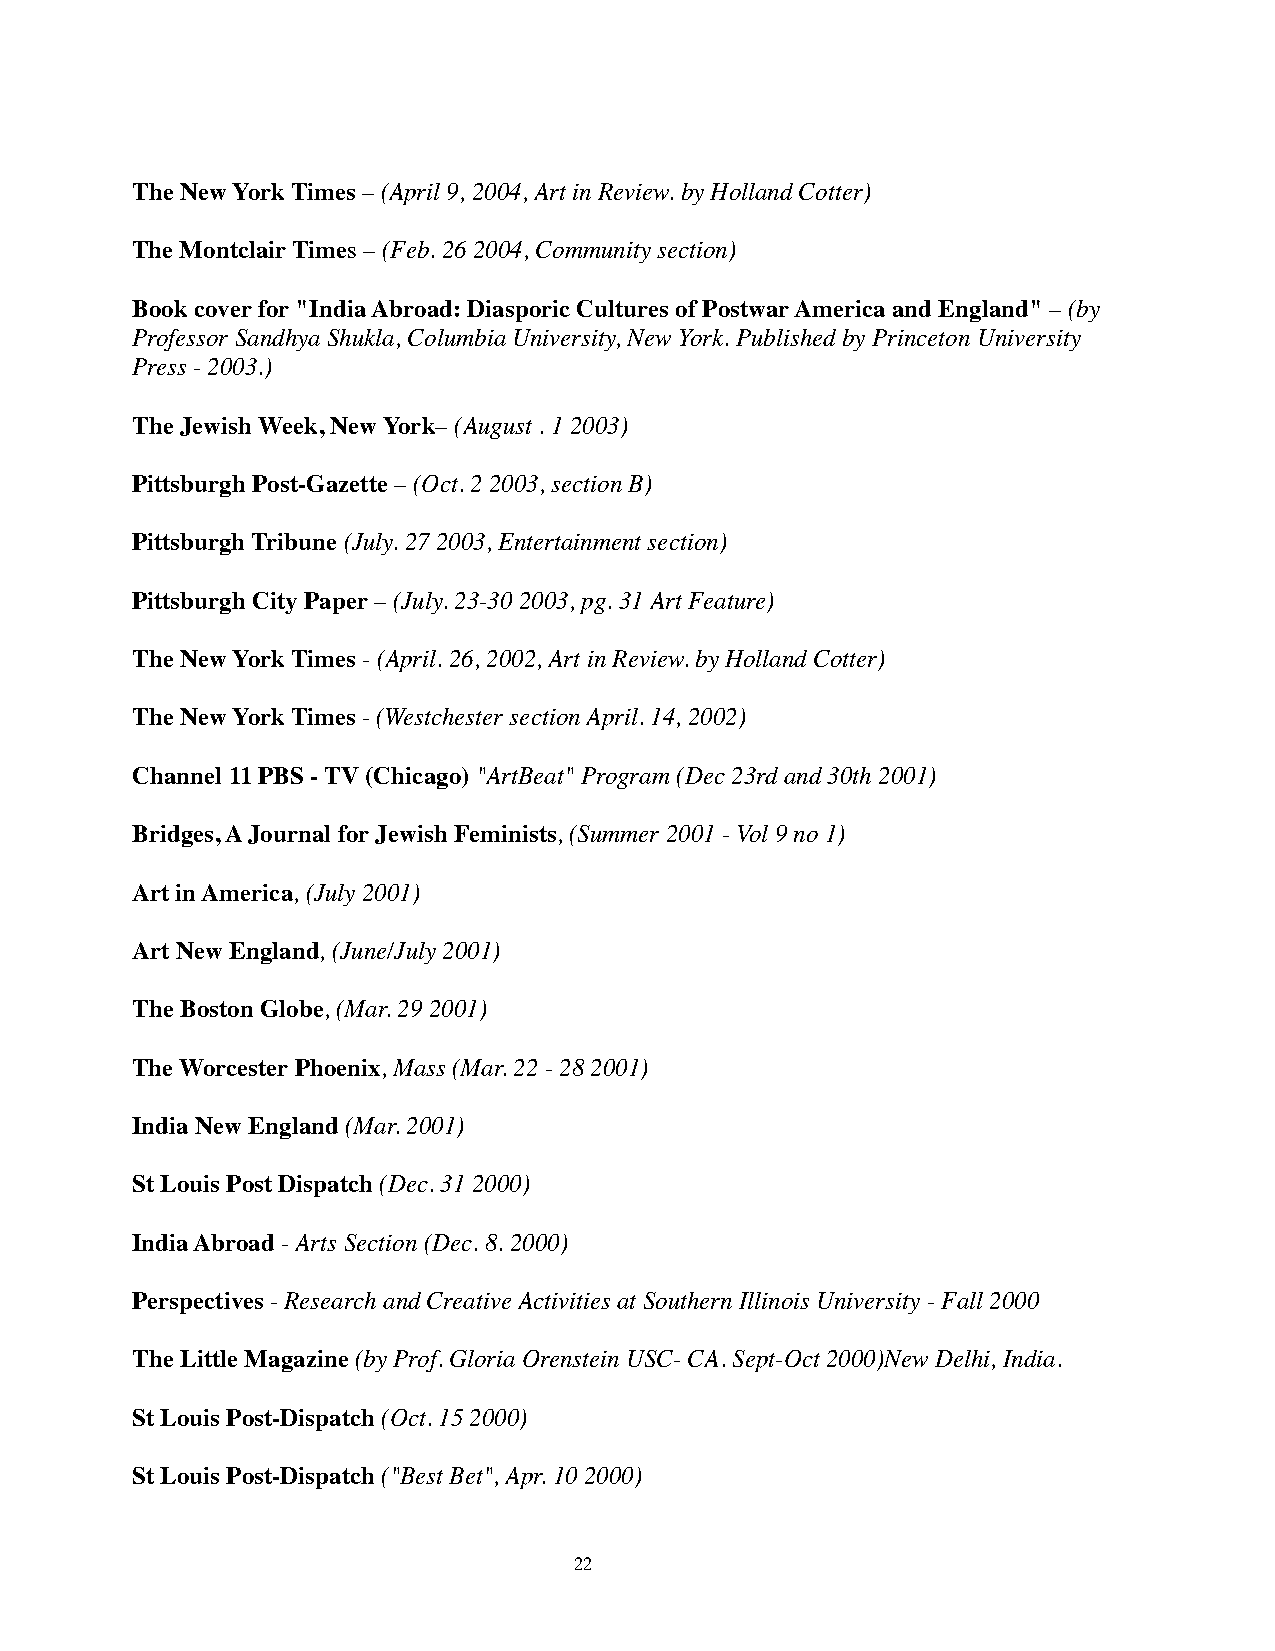
The New York Times – (April 9, 2004, Art in Review. by Holland Cotter)
 The Montclair Times – (Feb. 26 2004, Community section)
 Book cover for "India Abroad: Diasporic Cultures of Postwar America and England" – (by
 Professor Sandhya Shukla, Columbia University, New York. Published by Princeton University
 Press - 2003.)
 The Jewish Week, New York– (August . 1 2003)
 Pittsburgh Post-Gazette – (Oct. 2 2003, section B)
 Pittsburgh Tribune (July. 27 2003, Entertainment section)
 Pittsburgh City Paper – (July. 23-30 2003, pg. 31 Art Feature)
 The New York Times - (April. 26, 2002, Art in Review. by Holland Cotter)
 The New York Times - (Westchester section April. 14, 2002)
 Channel 11 PBS - TV (Chicago) "ArtBeat" Program (Dec 23rd and 30th 2001)
 Bridges, A Journal for Jewish Feminists, (Summer 2001 - Vol 9 no 1)
 Art in America, (July 2001)
 Art New England, (June/July 2001)
 The Boston Globe, (Mar. 29 2001)
 The Worcester Phoenix, Mass (Mar. 22 - 28 2001)
 India New England (Mar. 2001)
 St Louis Post Dispatch (Dec. 31 2000)
 India Abroad - Arts Section (Dec. 8. 2000)
 Perspectives - Research and Creative Activities at Southern Illinois University - Fall 2000
 The Little Magazine (by Prof. Gloria Orenstein USC- CA. Sept-Oct 2000)New Delhi, India.
 St Louis Post-Dispatch (Oct. 15 2000)
 St Louis Post-Dispatch ("Best Bet", Apr. 10 2000)
 22